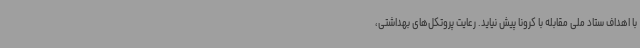
با اهداف ستاد ملی مقابله با کرونا پیش نیاید. رعایت پروتکل‌های بهداشتی،